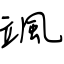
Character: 颯